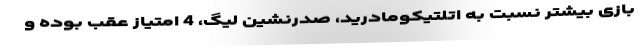
بازی بیشتر نسبت به اتلتیکومادرید، صدرنشین لیگ، 4 امتیاز عقب بوده و